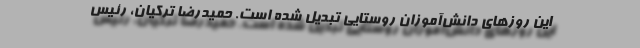
این روزهای دانش‌آموزان روستایی تبدیل شده است. حمیدرضا ترکیان، رئیس